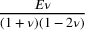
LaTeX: \frac { E \nu } { ( 1 + \nu ) ( 1 - 2 \nu ) }